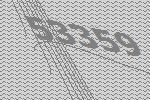
53359